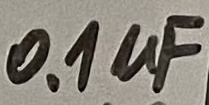
Text: 0.1µF